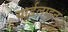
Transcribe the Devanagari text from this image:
यार्डलाइन